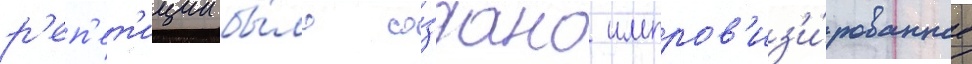
р'еп'ет'иции бы́ло со́здано импров'из'и́рованное